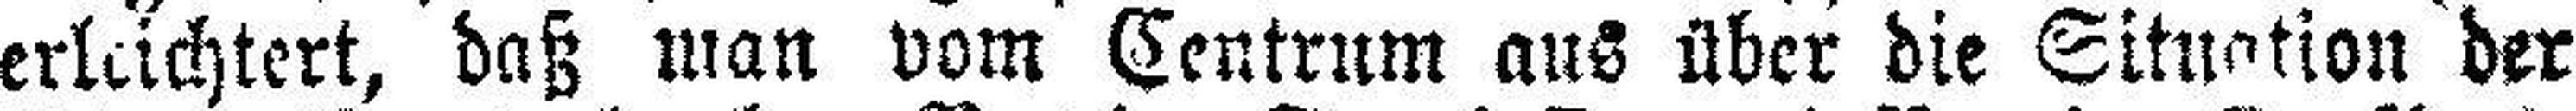
erleichtert, daß man vom Centrum aus über die Situation der